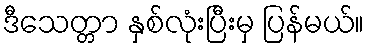
ဒီသေတ္တာ နှစ်လုံးပြီးမှ ပြန်မယ်။